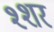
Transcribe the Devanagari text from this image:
श्शर